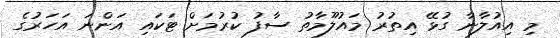
މި އިއުލާނާ ގުޅޭ އިތުރު މައުލޫމާތު ސާފު ކުރުމަށް ޓަކައި އަންނަ އަހަރުގެ